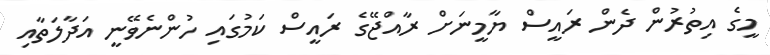
މީގެ އިތުރުން ދެން ރައީސް ޔާމީނަށް ރާއްޖޭގެ ރައީސް ކަމުގައި ހުންނެވޭނީ އަދާލަތާއި